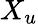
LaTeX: X_{u}